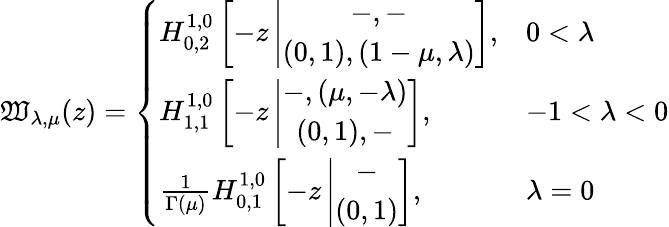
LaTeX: \mathfrak{W}_{\lambda,\mu}(z)=\left\{ \begin{array}{ll}{H_{0,2}^{1,0}\left[-z\left|\begin{array}{c}{-,-}\\ {(0,1),(1-\mu,\lambda)}\end{array}\right.\right],}&{0<\lambda}\\ {H_{1,1}^{1,0}\left[-z\left|\begin{array}{c}{-,(\mu,-\lambda)}\\ {(0,1),-}\end{array}\right.\right],}&{-1<\lambda<0}\\ {\frac{1}{\Gamma(\mu)}H_{0,1}^{1,0}\left[-z\left|\begin{array}{c}{-}\\ {(0,1)}\end{array}\right.\right],}&{\lambda=0}\end{array}\right.